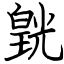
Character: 皝